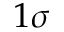
1 \sigma